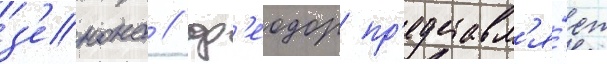
з'енона / ф'еодор пр'едставл'я́ет